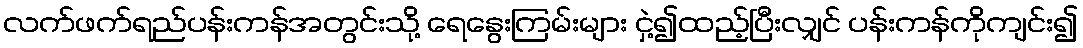
လက်ဖက်ရည်ပန်းကန်အတွင်းသို့ ရေနွေးကြမ်းများ ငှဲ့၍ထည့်ပြီးလျှင် ပန်းကန်ကိုကျင်း၍